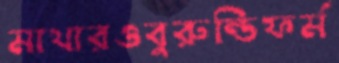
মাথারওবুরুন্ডিফর্ম